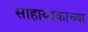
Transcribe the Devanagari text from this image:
साहाय्यकाच्या